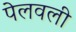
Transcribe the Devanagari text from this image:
पेलवली